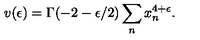
v ( \epsilon ) = \Gamma ( - 2 - \epsilon / 2 ) \sum _ { n } x _ { n } ^ { 4 + \epsilon } .